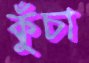
কুঁচা